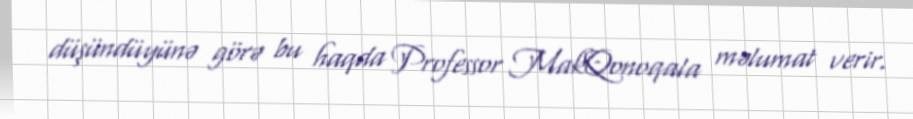
düşündüyünə görə bu haqda Professor MakQonoqala məlumat verir.